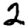
Digit: 2